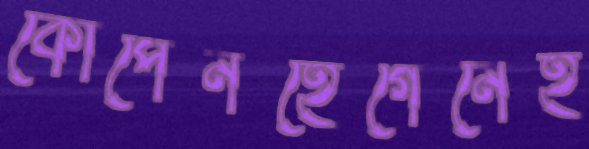
কোপেনহেগেনেই